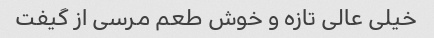
خیلی عالی تازه و خوش طعم مرسی از گیفت